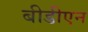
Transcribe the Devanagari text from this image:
बीडीएन